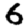
Digit: 6